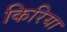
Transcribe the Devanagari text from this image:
किरिया